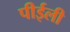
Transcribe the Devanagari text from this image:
पीईली